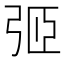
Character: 弬